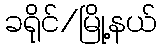
ခရိုင်/မြို့နယ်